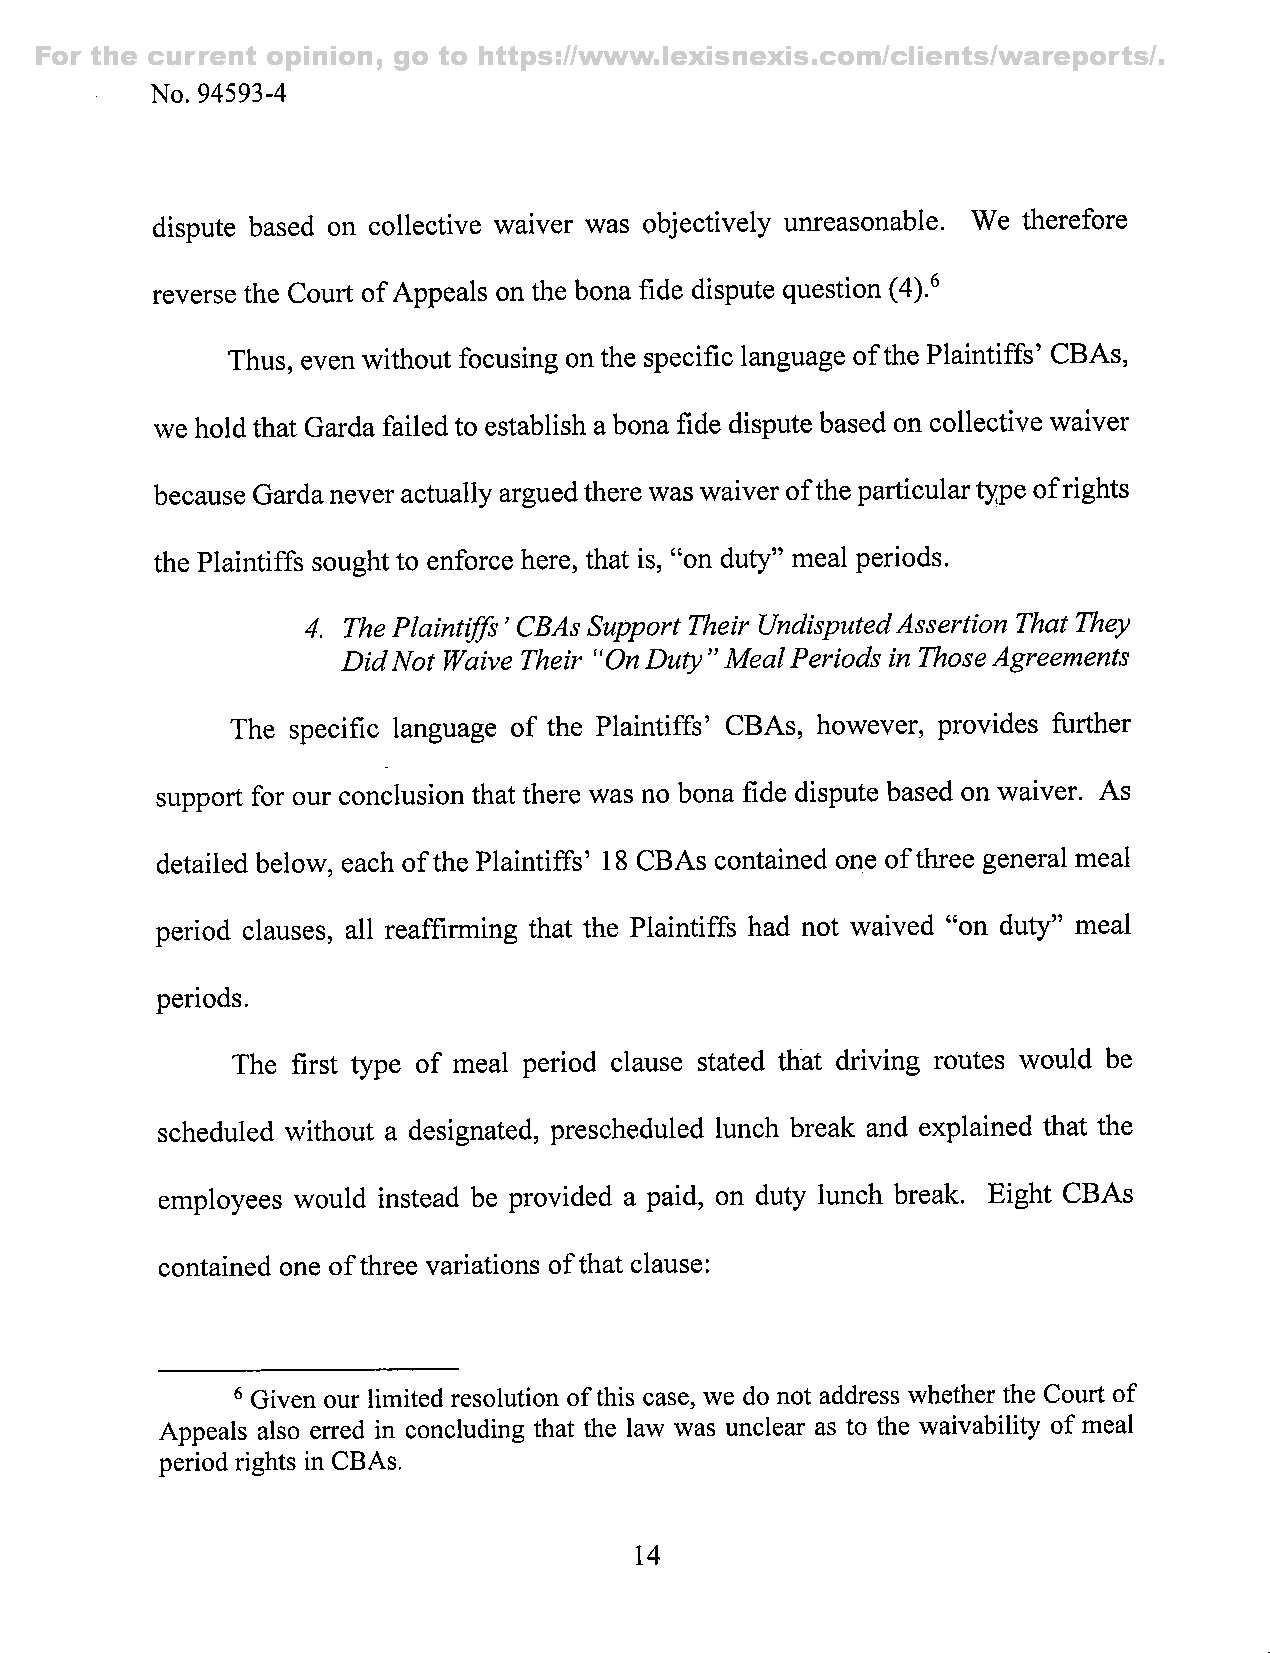
For the current opinion, go to https://www.lexisnexis.com/clients/wareports/.
 No. 94593-4
 dispute based on collective waiver was objectively unreasonable. We therefore
 reverse the Court of Appeals on the bona fide dispute question (4).^
 Thus, even without focusing on the specific language oft he Plaintiffs' CBAs,
 we hold that Garda failed to establish a bona fide dispute based on collective waiver
 because Garda never actually argued there was waiver oft he particular type of rights
 the Plaintiffs sought to enforce here, that is, "on duty" meal periods.
 4. The Plaintiffs' CBAs Support Their Undisputed Assertion That They
 Did Not Waive Their "On Duty" M eal Periods in Those Agreements
 The specific language of the Plaintiffs' CBAs, however, provides further
 support for our conclusion that there was no bona fide dispute based on waiver. As
 detailed below, each of the Plaintiffs' 18 CBAs contained one of three general meal
 period clauses, all reaffirming that the Plaintiffs had not waived "on duty" meal
 periods.
 The first type of meal period clause stated that driving routes would be
 scheduled without a designated, prescheduled lunch break and explained that the
 employees would instead be provided a paid, on duty lunch break. Eight CBAs
 contained one of three variations of that clause:
 ^ Given our limited resolution of this case, we do not address whether the Court of
 Appeals also erred in concluding that the law was unclear as to the waivability of meal
 period rights in CBAs.
 14